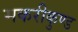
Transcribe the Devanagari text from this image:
मकरीकुण्‍ड